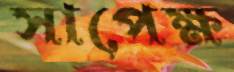
সাপেক্ষ